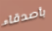
بأصدقاء